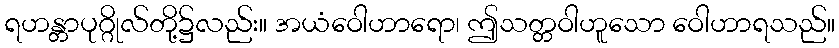
ရဟန္တာပုဂ္ဂိုလ်တို့၌လည်း။ အယံဝေါဟာရော၊ ဤသတ္တဝါဟူသော ဝေါဟာရသည်။